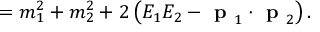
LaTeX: = m _ { 1 } ^ { 2 } + m _ { 2 } ^ { 2 } + 2 \left( E _ { 1 } E _ { 2 } - { \textbf { p } } _ { 1 } \cdot { \textbf { p } } _ { 2 } \right) .